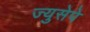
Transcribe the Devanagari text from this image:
ज्युसेपे